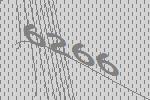
6266